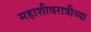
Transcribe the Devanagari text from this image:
महाशीवरात्रीच्या